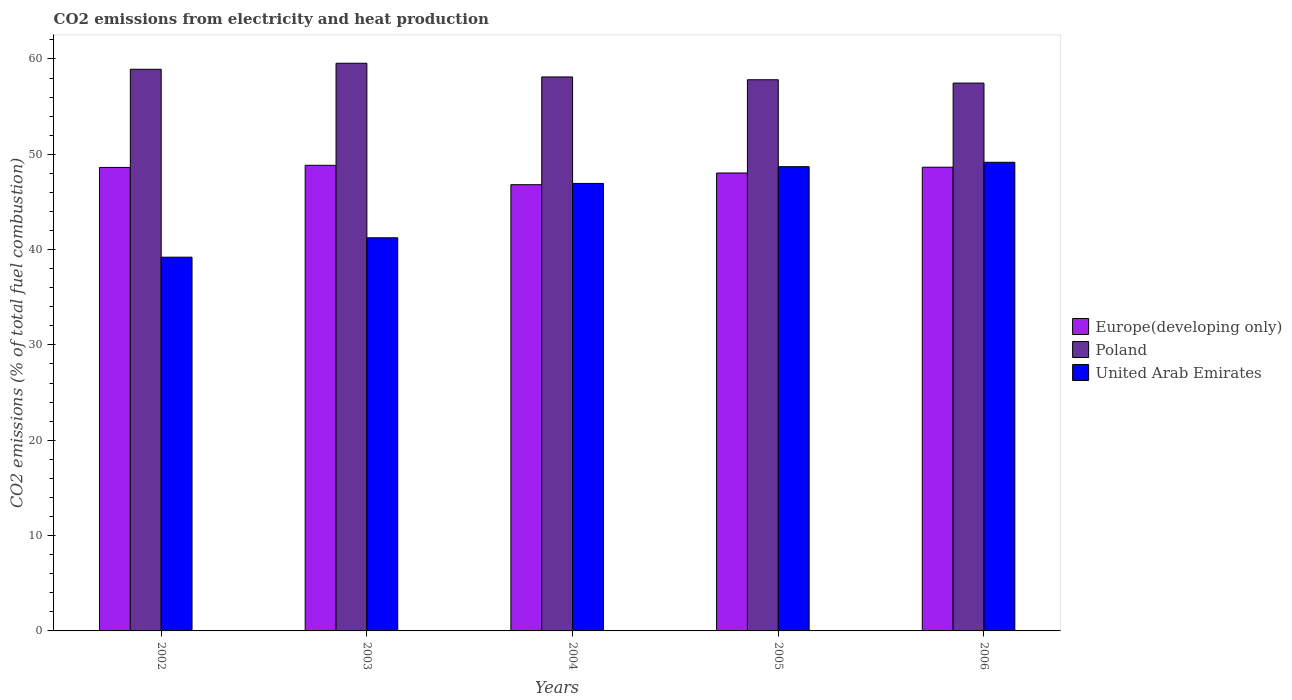
| Years | Europe(developing only) | Poland | United Arab Emirates |
 | --- | --- | --- | --- |
 | 2002 | 48.6 | 58.9 | 39.2 |
 | 2003 | 48.8 | 59.5 | 41.2 |
 | 2004 | 46.8 | 58.1 | 46.9 |
 | 2005 | 48 | 57.8 | 48.7 |
 | 2006 | 48.6 | 57.5 | 49.2 |